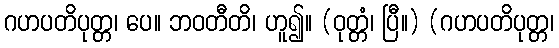
ဂဟပတိပုတ္တ၊ ပေ။ ဘဝတီတိ၊ ဟူ၍။ (ဝုတ္တံ၊ ပြီ။) (ဂဟပတိပုတ္တ၊